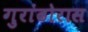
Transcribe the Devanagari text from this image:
गुरांढोरास